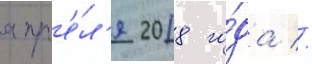
апр'е́л'я 2018 го́да //